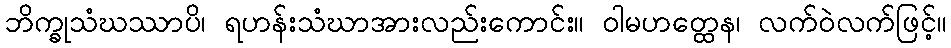
ဘိက္ခုသံဃဿာပိ၊ ရဟန်းသံဃာအားလည်းကောင်း။ ဝါမဟတ္ထေန၊ လက်ဝဲလက်ဖြင့်။